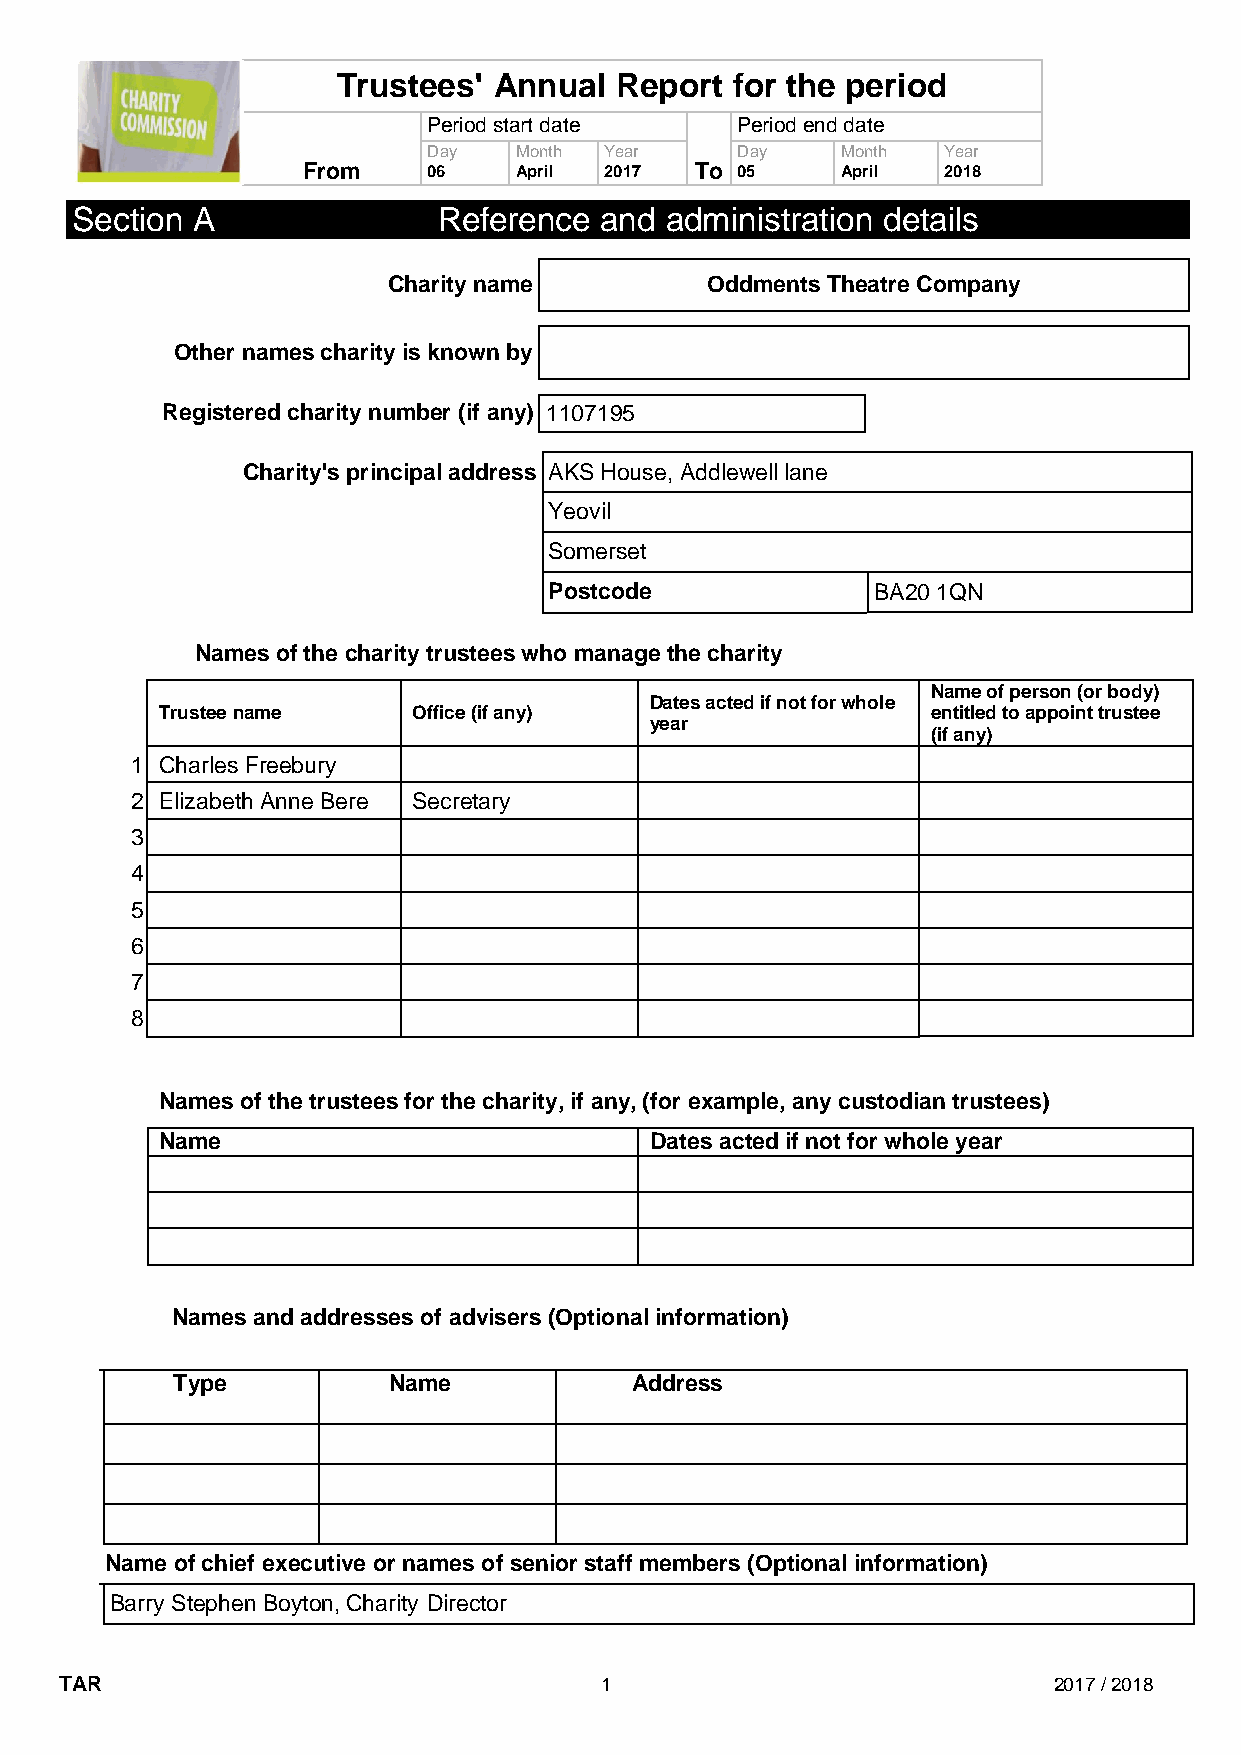
Trustees'  Annual  Report for the period
 Period start date    Period end date
 Day   Month Year     Day    Month Year
 From    06    April 2017  To 05     April 2018
 Section A               Reference  and administration details
 Charity name         Oddments Theatre Company
 Other names charity is known by
 Registered charity number (if any) 1107195
 Charity's principal address AKS House, Addlewell lane
 Yeovil
 Somerset
 Postcode              BA20 1QN
 Names of the charity trustees who manage the charity
 Name of person (or body)
 Dates acted if not for whole
 Trustee name    Office (if any)                    entitled to appoint trustee
 year
 (if any)
 1 Charles Freebury
 2 Elizabeth Anne Bere Secretary
 3
 4
 5
 6
 7
 8
 Names of the trustees for the charity, if any, (for example, any custodian trustees)
 Name                            Dates acted if not for whole year
 Names and addresses of advisers (Optional information)
 Type           Name            Address
 Name of chief executive or names of senior staff members (Optional information)
 Barry Stephen Boyton, Charity Director
 TAR                                 1                             2017 / 2018